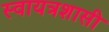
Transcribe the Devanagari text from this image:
स्वायत्रशासी